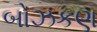
બોઝકણ